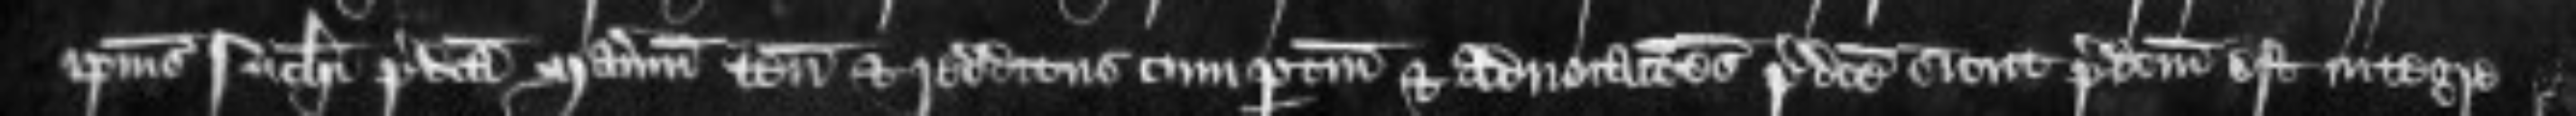
ipsius Nicholai predicta manerium tenementa et redditus cum pertinenciis et advocationes predicte sieut predictum est integre